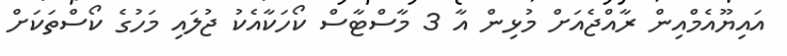
އައިޔޫއެމްއިން ރާއްޖެއަށް މުޅިން އާ 3 މާސްޓާސް ކޯހަކާއެކު ޖުލައި މަހުގެ ކޯސްތަކަށް